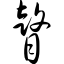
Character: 瞽